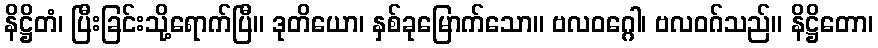
နိဋ္ဌိတံ၊ ပြီးခြင်းသို့ရောက်ပြီ။ ဒုတိယော၊ နှစ်ခုမြောက်သော။ ဗလဝဂ္ဂေါ၊ ဗလဝဂ်သည်။ နိဋ္ဌိတော၊